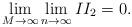
LaTeX: \begin{align*}\lim_{M\rightarrow\infty}\lim_{n\rightarrow\infty} II_2 = 0 .\end{align*}